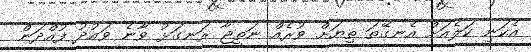
އެކަނި ކަލެއަށް އެނގޭތަ ތިޔަށް ވުރެއް ނަތީޖާ ރަނގަޅު ވާނެ ވައުދު ފުއްދަން